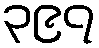
၃၉၇